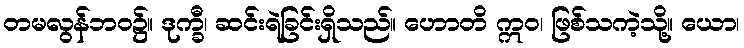
တမလွန်ဘဝ၌။ ဒုက္ခီ၊ ဆင်းရဲခြင်းရှိသည်။ ဟောတိ ဣဝ၊ ဖြစ်သကဲ့သို့။ ယော၊